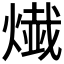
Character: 𤍬